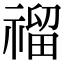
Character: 𥛅